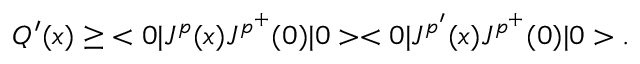
Q ^ { \prime } ( x ) \geq \; < 0 | J ^ { p } ( x ) J ^ { p ^ { + } } ( 0 ) | 0 > < 0 | J ^ { p ^ { \prime } } ( x ) J ^ { p ^ { + } } ( 0 ) | 0 > .